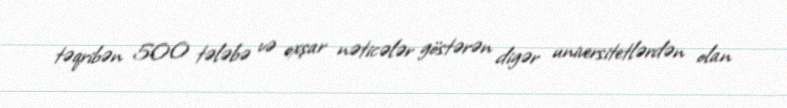
təqribən 500 tələbə və oxşar nəticələr göstərən digər universitetlərdən olan